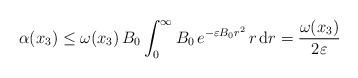
\begin{align*} \alpha(x_3) \leq \omega(x_3)\, B_0 \int_0^\infty B_0\, e^{- \varepsilon B_0 r^2} \, r\, \mathrm{d}r = \frac{\omega(x_3)}{2\varepsilon}\end{align*}